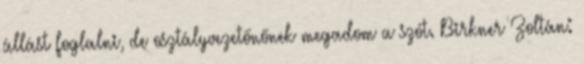
állást foglalni, de osztályvezetőnőnek megadom a szót. Birkner Zoltán: